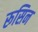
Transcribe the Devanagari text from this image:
रूसिन